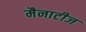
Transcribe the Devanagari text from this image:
मैनाटीज